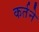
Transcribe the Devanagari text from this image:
कर्तने